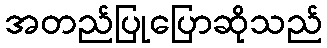
အတည်ပြုပြောဆိုသည်